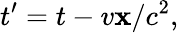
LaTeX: t^{\prime}=t-v\mathbf{x}/c^{2},